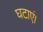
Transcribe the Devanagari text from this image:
घटाएं।